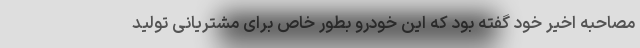
مصاحبه اخیر خود گفته بود که این خودرو بطور خاص برای مشتریانی تولید